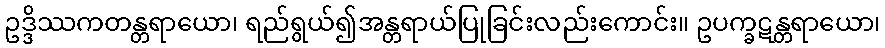
ဥဒ္ဒိဿကတန္တရာယော၊ ရည်ရွယ်၍အန္တရာယ်ပြုခြင်းလည်းကောင်း။ ဥပက္ခဋန္တရာယော၊